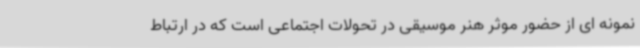
نمونه ای از حضور موثر هنر موسیقی در تحولات اجتماعی است که در ارتباط